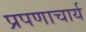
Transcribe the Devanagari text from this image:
प्रपणाचार्य